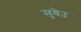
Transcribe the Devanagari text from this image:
मुयेउ